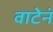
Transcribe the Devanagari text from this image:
वाटेनं